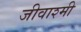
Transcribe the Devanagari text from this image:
जीवाश्मी